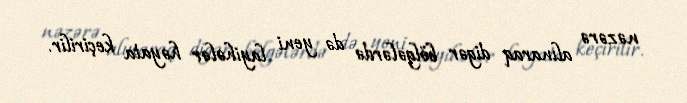
nəzərə alınaraq digər bölgələrdə də yeni layihələr həyata keçirilir.